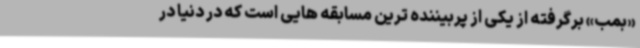
«بمب» برگرفته از یکی از پربیننده ترین مسابقه هایی است که در دنیا در